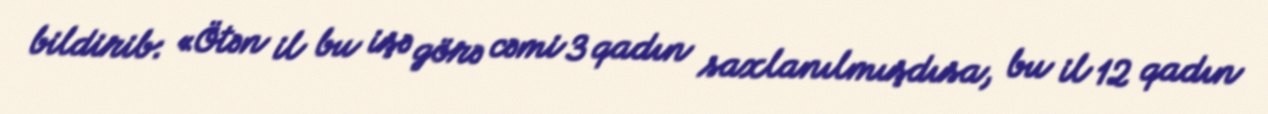
bildirib: «Ötən il bu işə görə cəmi 3 qadın saxlanılmışdısa, bu il 12 qadın